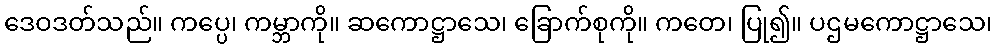
ဒေဝဒတ်သည်။ ကပ္ပေ၊ ကမ္ဘာကို။ ဆကောဋ္ဌာသေ၊ ခြောက်စုကို။ ကတေ၊ ပြု၍။ ပဌမကောဋ္ဌာသေ၊